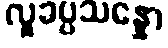
လူခပ္ပသန္နော